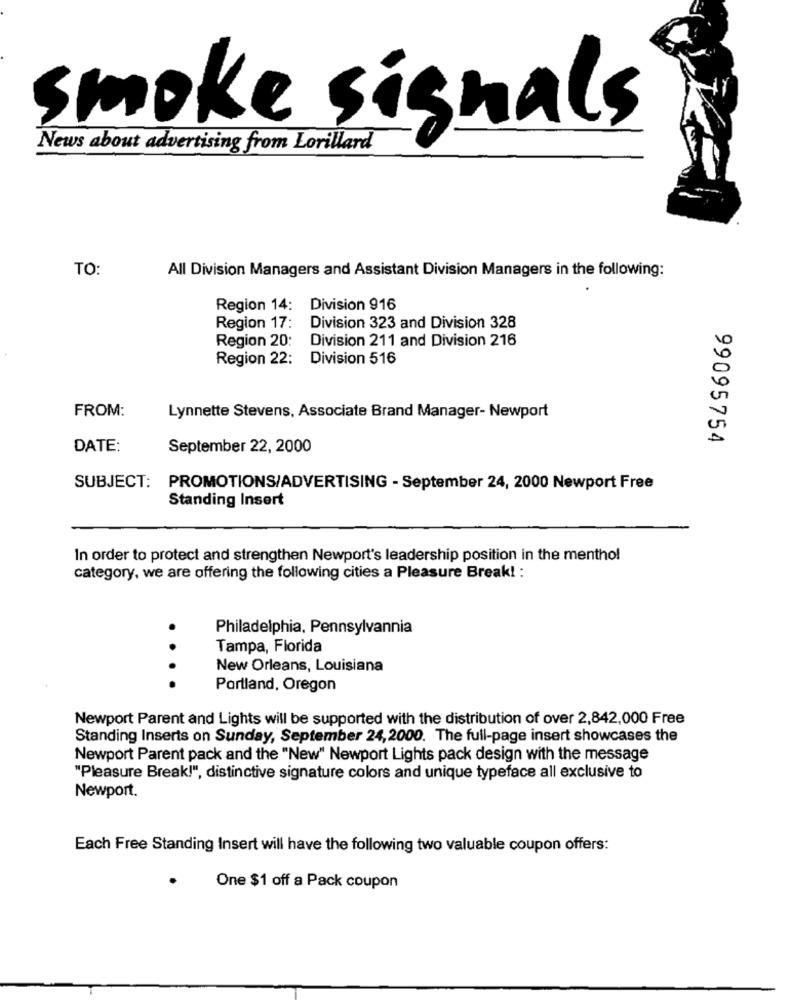
smoke
Snals
News about advertising from Lorillard
TO:
All Division Managers and Assistant Division Managers in the following:
Region 14: Division 916
Region 17: Division 323 and Division 328
Region 20:
Division 211 and Division 216
Region 22:
Division 516
FROM:
Lynnette Stevens, Associate Brand Manager- Newport
99095754
DATE:
September 22, 2000
SUBJECT:
PROMOTIONS/ADVERTISING - September 24, 2000 Newport Free
Standing Insert
In order to protect and strengthen Newport's leadership position in the menthol
category, we are offering the following cities a Pleasure Break! :
Philadelphia, Pennsylvania
Tampa, Florida
.
New Orleans, Louisiana
Portland, Oregon
Newport Parent and Lights will be supported with the distribution of over 2,842,000 Free
Standing Inserts on Sunday, September 24,2000. The full-page insert showcases the
Newport Parent pack and the "New" Newport Lights pack design with the message
"Pleasure Break!", distinctive signature colors and unique typeface all exclusive to
Newport.
Each Free Standing Insert will have the following two valuable coupon offers:
One $1 off a Pack coupon